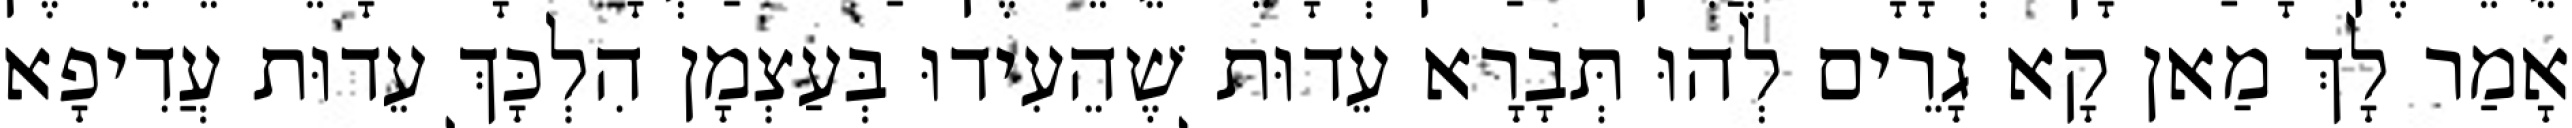
אָמַר לָךְ מַאן קָא גָרֵים לְהוּ תְּבָרָא עֵדוּת שֶׁהֵעִידוּ בְּעַצְמָן הִלְכָּךְ עֵדוּת עֲדִיפָא